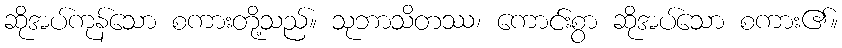
ဆိုအပ်ကုန်သော စကားတို့သည်။ သုဘာသိတဿ၊ ကောင်းစွာ ဆိုအပ်သော စကား၏။